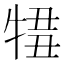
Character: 𤚄